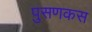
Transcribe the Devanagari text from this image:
पुसणकस